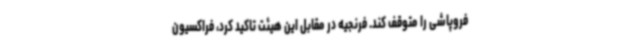
فروپاشی را متوقف کند. فرنجیه در مقابل این هیئت تاکید کرد، فراکسیون